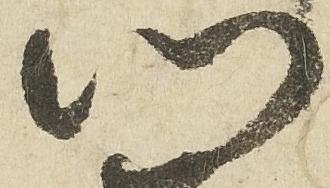
門